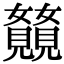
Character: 𫌥